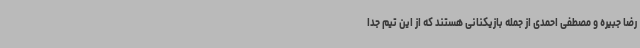
رضا جبیره و مصطفی احمدی از جمله بازیکنانی هستند که از این تیم جدا